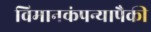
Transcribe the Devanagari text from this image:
विमानकंपन्यापैकी